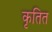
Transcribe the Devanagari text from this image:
कृतित